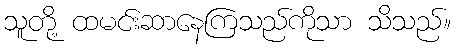
သူတို့ ထမင်းဆာနေကြသည်ကိုသာ သိသည်။